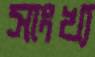
সাংখ্য